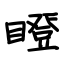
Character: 瞪